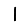
Digit: 1